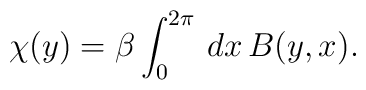
\chi (y)=\beta\int_0^{2\pi}\,dx\, B(y,x).